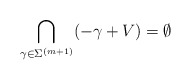
\begin{align*} \bigcap_{\gamma\in\Sigma^{(m+1)}} (-\gamma+V) = \emptyset \end{align*}